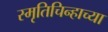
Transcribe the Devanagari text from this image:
स्मृतिचिन्हाच्या